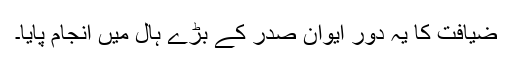
ضیافت کا یہ دور ایوان صدر کے بڑے ہال میں انجام پایا۔